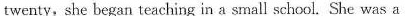
twenty,she began teaching in a small school. She was a